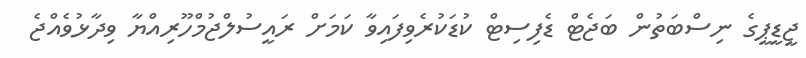
ޖީޑީޕީގެ ނިސްބަތުން ބަޖެޓް ޑެފިސިޓް ކުޑަކުރެވިފައިވާ ކަމަށް ރައީސުލްޖުމްހޫރިއްޔާ ވިދާޅުވެއްޖެ